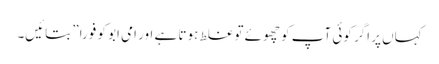
کہاں‌ پر اگر کوئی آپ کو چھوئے تو غلط ہوتا ہے اور امی ابو کو فورا” بتائیں۔